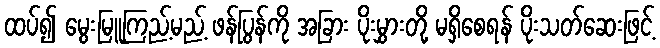
ထပ်၍ မွေးမြူကြည့်မည့် ဖန်ပြွန်ကို အခြား ပိုးမွှားတို့ မရှိစေရန် ပိုးသတ်ဆေးဖြင့်